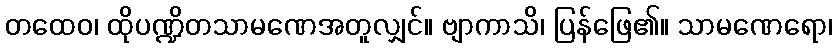
တထေဝ၊ ထိုပဏ္ဍိတသာမဏေအတူလျှင်။ ဗျာကာသိ၊ ပြန်ဖြေ၏။ သာမဏေရော၊